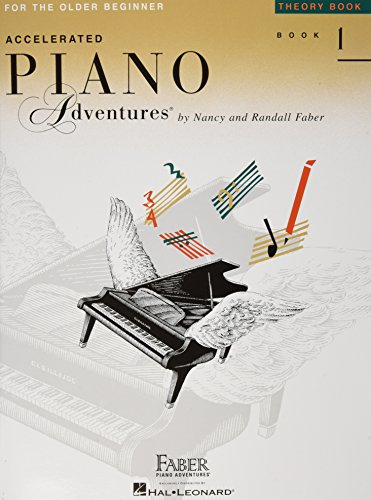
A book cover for Accelerated Piano Adventures for the Older Beginner: Theory Book 1; Humor & Entertainment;